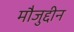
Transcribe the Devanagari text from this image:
मौजुद्दीन